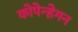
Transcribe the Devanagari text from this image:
कोपेन्हेगन